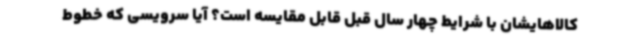
کالاهایشان با شرایط چهار سال قبل قابل مقایسه است؟ آیا سرویسی که خطوط